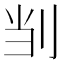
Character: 㓥